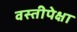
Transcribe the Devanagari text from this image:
वस्तीपेक्षा